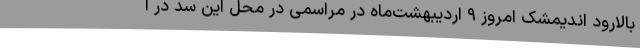
بالارود اندیمشک امروز ۹ اردیبهشت‌ماه در مراسمی در محل این سد در ا